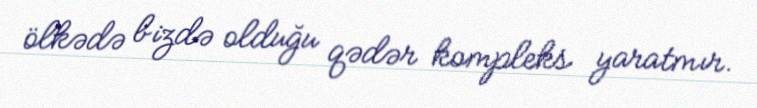
ölkədə bizdə olduğu qədər kompleks yaratmır.